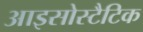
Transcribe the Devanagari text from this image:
आइसोस्टैटिक